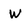
Character: W